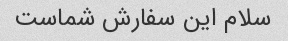
سلام این سفارش شماست